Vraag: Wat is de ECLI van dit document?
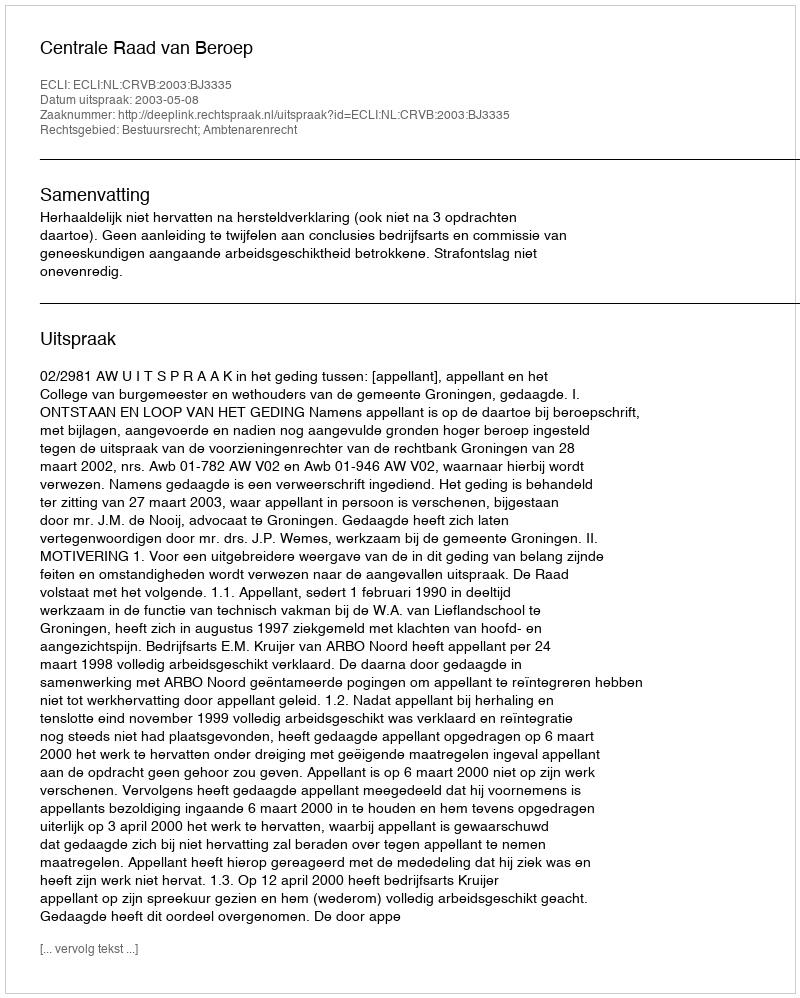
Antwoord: ECLI:NL:CRVB:2003:BJ3335